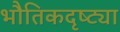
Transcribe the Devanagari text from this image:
भौतिकदृष्ट्या